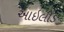
આઇલીડ